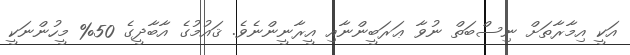
އަކީ އިމާރާތަށް ނިސްބަތް ނުވާ ޢަރަބީންނާއި އީރާނީންނެވެ. ޤައުމުގެ އާބާދީގެ 50% މީހުންނަކީ